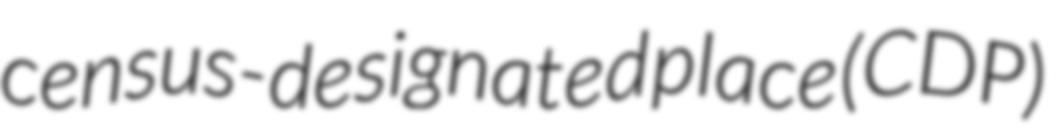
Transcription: census-designated place (CDP)